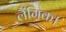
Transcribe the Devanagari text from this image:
लैंगिक।